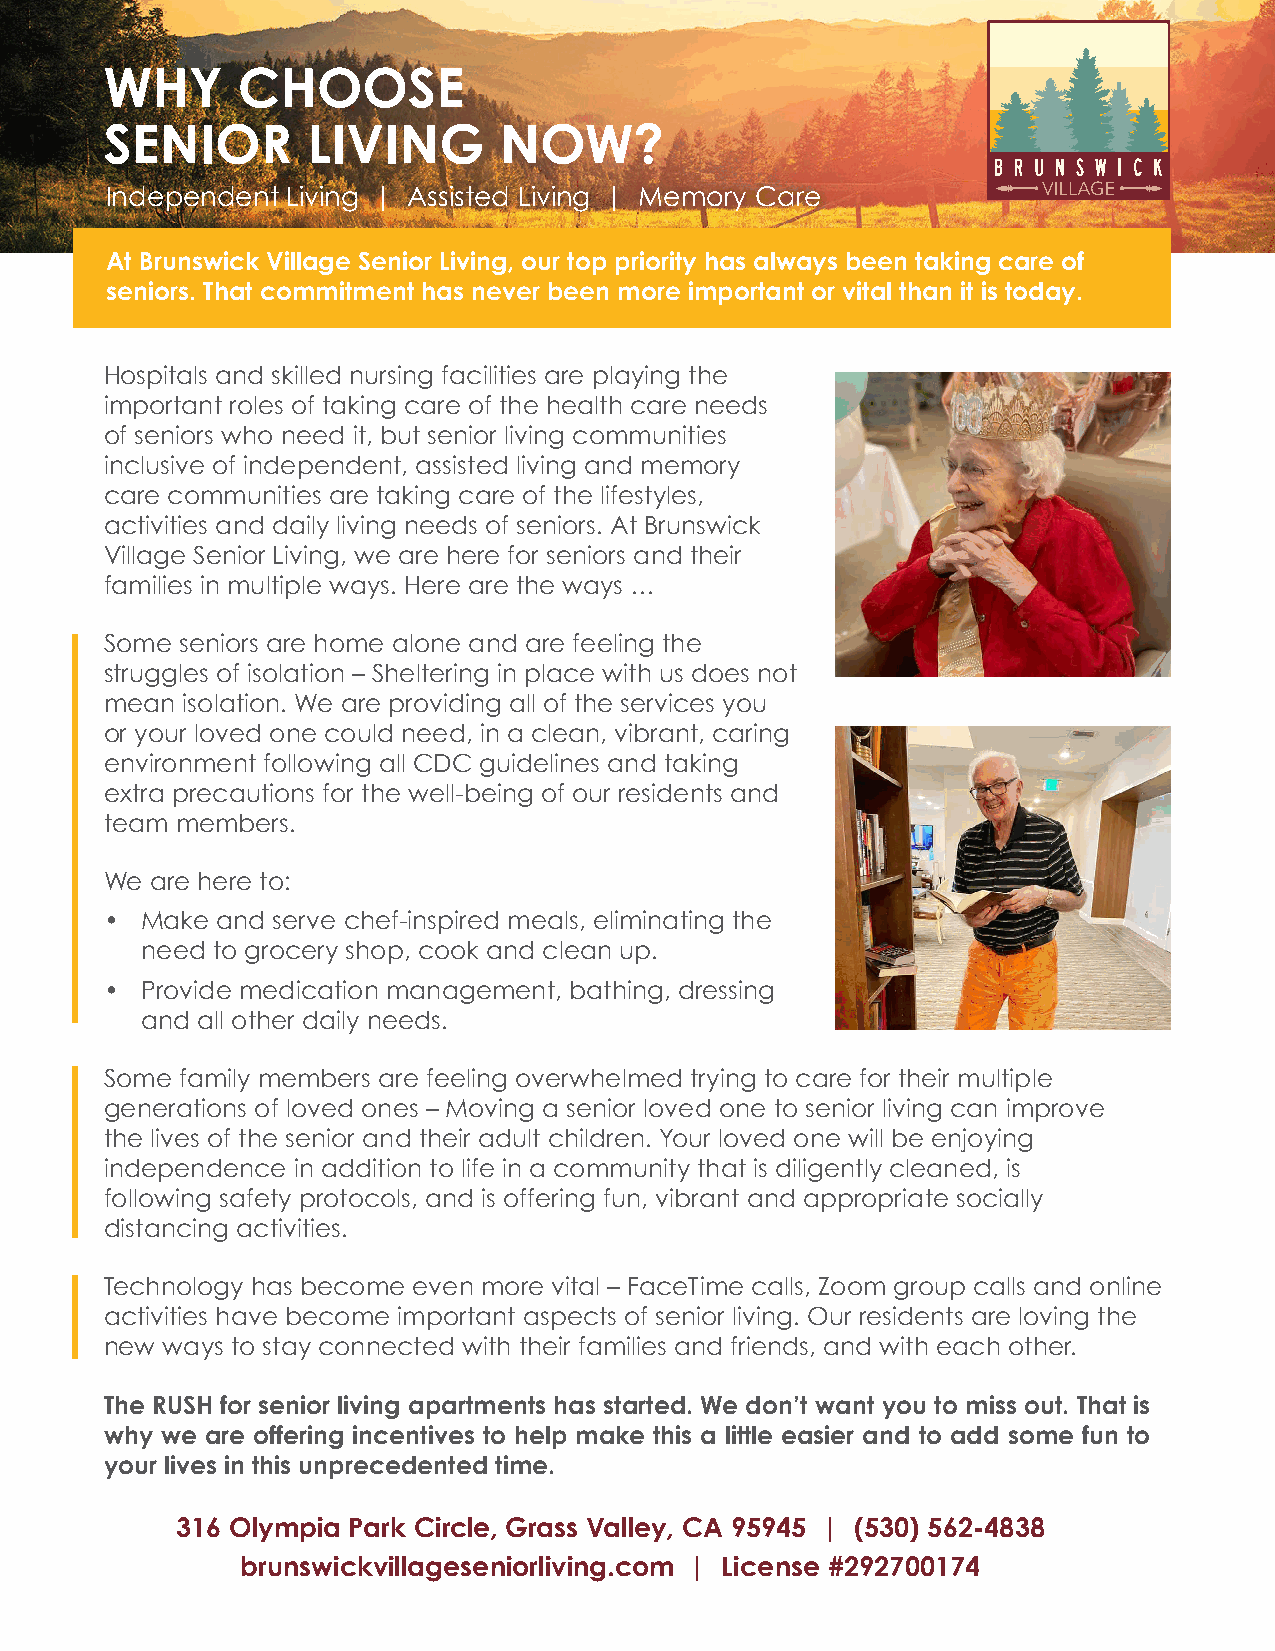
WHY      CHOOSE
 SENIOR       LIVING       NOW?
 Independent Living | Assisted Living | Memory Care
 At Brunswick Village Senior Living, our top priority has always been taking care of
 seniors. That commitment has never been more important or vital than it is today.
 Hospitals and skilled nursing facilities are playing the
 important roles of taking care of the health care needs
 of seniors who need it, but senior living communities
 inclusive of independent, assisted living and memory
 care communities are taking care of the lifestyles,
 activities and daily living needs of seniors. At Brunswick
 Village Senior Living, we are here for seniors and their
 families in multiple ways. Here are the ways …
 Some seniors are home alone and are feeling the
 struggles of isolation – Sheltering in place with us does not
 mean isolation. We are providing all of the services you
 or your loved one could need, in a clean, vibrant, caring
 environment following all CDC guidelines and taking
 extra precautions for the well-being of our residents and
 team members.
 We are here to:
 • Make and serve chef-inspired meals, eliminating the
 need to grocery shop, cook and clean up.
 • Provide medication management, bathing, dressing
 and all other daily needs.
 Some family members are feeling overwhelmed trying to care for their multiple
 generations of loved ones – Moving a senior loved one to senior living can improve
 the lives of the senior and their adult children. Your loved one will be enjoying
 independence in addition to life in a community that is diligently cleaned, is
 following safety protocols, and is offering fun, vibrant and appropriate socially
 distancing activities.
 Technology has become even more vital – FaceTime calls, Zoom group calls and online
 activities have become important aspects of senior living. Our residents are loving the
 new ways to stay connected with their families and friends, and with each other.
 The RUSH for senior living apartments has started. We don’t want you to miss out. That is
 why we are offering incentives to help make this a little easier and to add some fun to
 your lives in this unprecedented time.
 316 Olympia Park Circle, Grass Valley, CA 95945 | (530) 562-4838
 brunswickvillageseniorliving.com | License #292700174